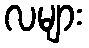
လများ